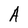
Character: A